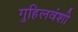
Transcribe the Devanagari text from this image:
गुहिलवंशी